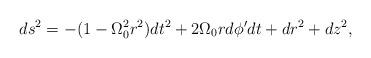
LaTeX: \begin{align*}ds^2 = - (1 - \Omega_0^2 r^2 )dt^2 + 2 \Omega_0 r d \phi' dt + dr^2 + dz^2, \end{align*}